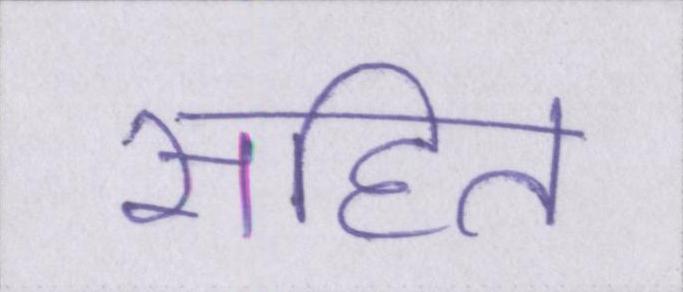
सहित